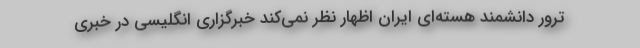
ترور دانشمند هسته‌ای ایران اظهار نظر نمی‌کند خبرگزاری انگلیسی در خبری